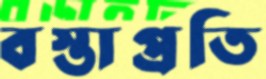
বস্তাপ্রতি